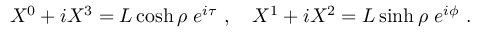
X ^ { 0 } + i X ^ { 3 } = L \cosh \rho \; e ^ { i \tau } \ , \quad X ^ { 1 } + i X ^ { 2 } = L \sinh \rho \; e ^ { i \phi } \ .